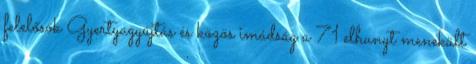
felelősök Gyertyagyújtás és közös imádság a 71 elhunyt menekült